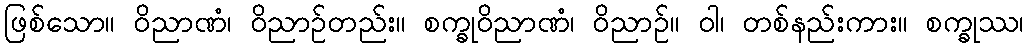
ဖြစ်သော။ ဝိညာဏံ၊ ဝိညာဉ်တည်း။ စက္ခုဝိညာဏံ၊ ဝိညာဉ်။ ဝါ၊ တစ်နည်းကား။ စက္ခုဿ၊